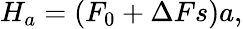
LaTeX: H_{a}=(F_{0}+\Delta Fs)a,